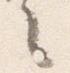
々